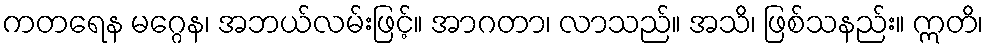
ကတရေန မဂ္ဂေန၊ အဘယ်လမ်းဖြင့်။ အာဂတာ၊ လာသည်။ အသိ၊ ဖြစ်သနည်း။ ဣတိ၊